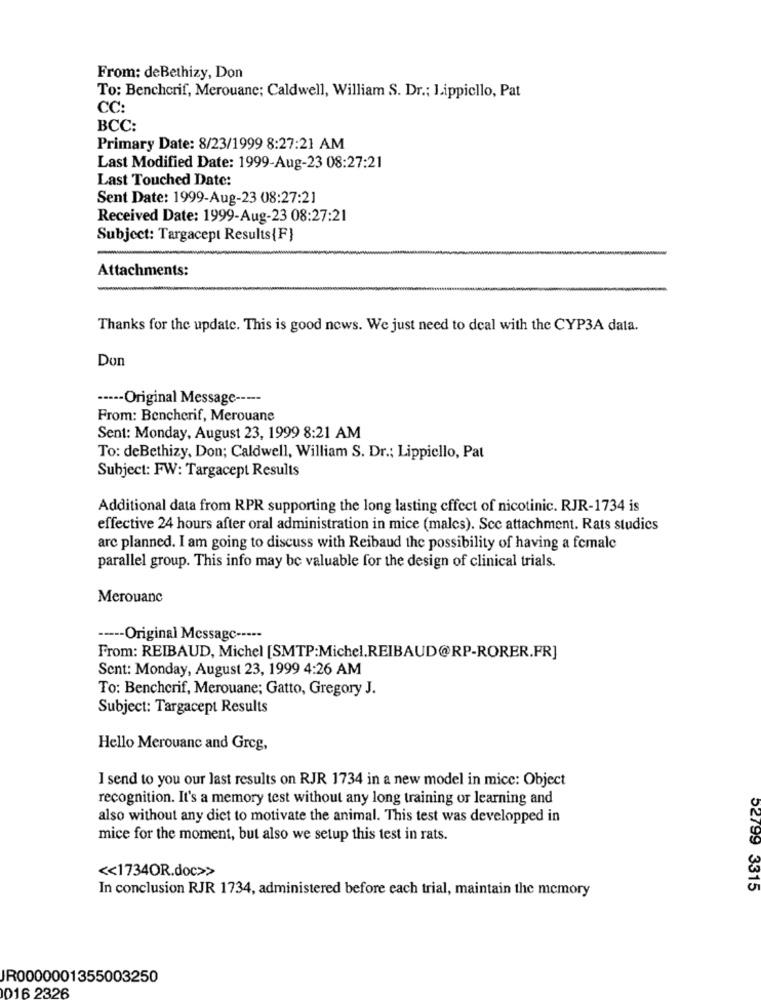
From: deBethizy, Don
To: Benchcrif, Merouane; Caldwell, William S. Dr .; Lippiello, Pat
CC:
BCC:
Primary Date: 8/23/1999 8:27:21 AM
Last Modified Date: 1999-Aug-23 08:27:21
Last Touched Date:
Sent Date: 1999-Aug-23 08:27:21
Received Date: 1999-Aug-23 08:27:21
Subject: Targacept Results{F}
-
Attachments:
Thanks for the update. This is good news. We just need to deal with the CYP3A data.
Don
----- Original Message -----
From: Bencherif, Merouane
Sent: Monday, August 23, 1999 8:21 AM
To: deBethizy, Don; Caldwell, William S. Dr .; Lippiello, Pat
Subject: FW: Targacept Results
Additional data from RPR supporting the long lasting effect of nicotinic. RJR-1734 is
effective 24 hours after oral administration in mice (malcs). Scc attachment. Rats studies
arc planned. I am going to discuss with Reibaud the possibility of having a female
parallel group. This info may be valuable for the design of clinical trials.
Merouane
----- Original Message -----
From: REIBAUD, Michel [SMTP:Michel.REIBAUD@RP-RORER.FR]
Sent: Monday, August 23, 1999 4:26 AM
To: Benchcrif, Merouane; Gatto, Gregory J.
Subject: Targacept Results
Hello Merouane and Greg,
I send to you our last results on RJR 1734 in a new model in mice: Object
recognition. It's a memory test without any long training or learning and
also without any dict to motivate the animal. This test was developped in
mice for the moment, but also we setup this test in rats.
<< 1734OR.doc>>
In conclusion RJR 1734, administered before each trial, maintain the memory
52799 3315
IR0000001355003250
016 2326